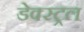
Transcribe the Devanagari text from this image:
डेक्स्ट्रल